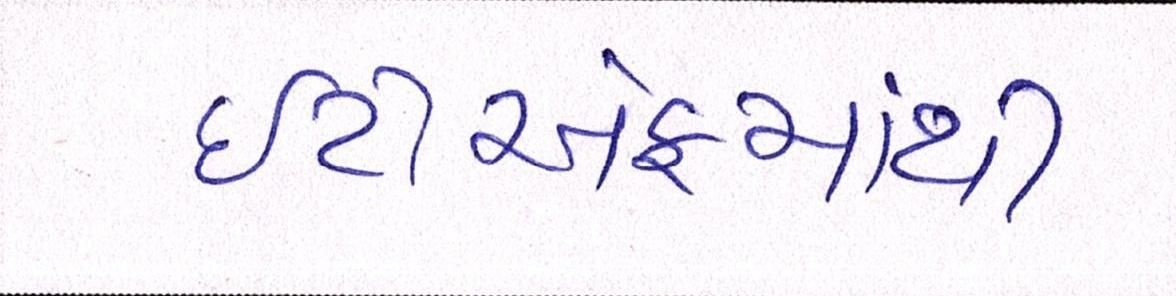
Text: ઇટીએફમાંથી